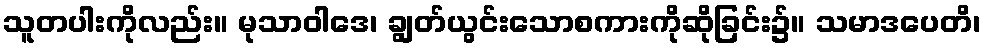
သူတပါးကိုလည်း။ မုသာဝါဒေ၊ ချွတ်ယွင်းသောစကားကိုဆိုခြင်း၌။ သမာဒပေတိ၊